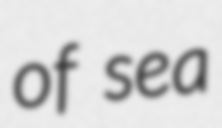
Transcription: of sea